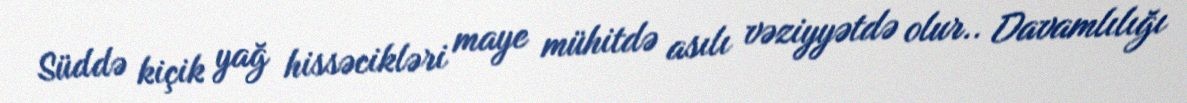
Süddə kiçik yağ hissəcikləri maye mühitdə asılı vəziyyətdə olur.. Davamlılığı